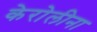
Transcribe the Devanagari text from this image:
केरोलीना